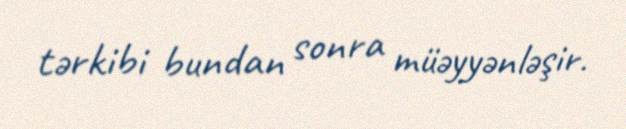
tərkibi bundan sonra müəyyənləşir.